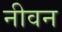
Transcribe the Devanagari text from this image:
नीवन